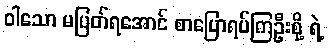
ဝါသော မပြတ်ရအောင် စာပြောရပ်ကြဦးစို့ ရဲ့